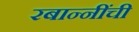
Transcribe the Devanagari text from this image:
रबान्नींची